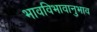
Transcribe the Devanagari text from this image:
भावविभावानुभाव